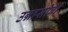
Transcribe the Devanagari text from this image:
उन्नासीवां